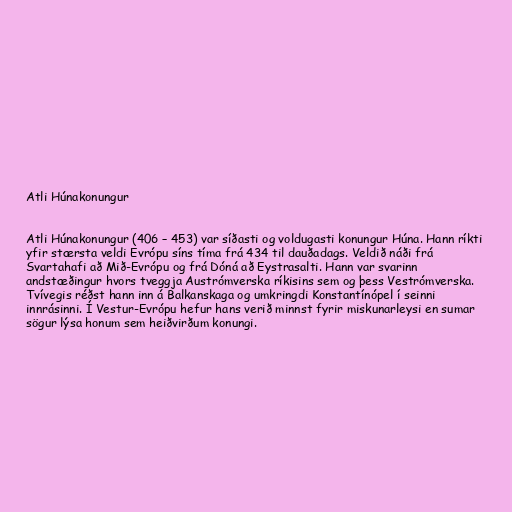
Atli Húnakonungur

Atli Húnakonungur (406 – 453) var síðasti og voldugasti konungur Húna. Hann ríkti
yfir stærsta veldi Evrópu síns tíma frá 434 til dauðadags. Veldið náði frá
Svartahafi að Mið-Evrópu og frá Dóná að Eystrasalti. Hann var svarinn
andstæðingur hvors tveggja Austrómverska ríkisins sem og þess Vestrómverska.
Tvívegis réðst hann inn á Balkanskaga og umkringdi Konstantínópel í seinni
innrásinni. Í Vestur-Evrópu hefur hans verið minnst fyrir miskunarleysi en sumar
sögur lýsa honum sem heiðvirðum konungi.